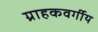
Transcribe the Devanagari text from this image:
ग्राहकवर्गीय